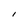
Character: I